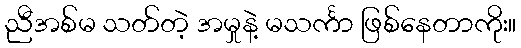
ညီအစ်မ သတ်တဲ့ အမှုနဲ့ မသင်္ကာ ဖြစ်နေတာကိုး။